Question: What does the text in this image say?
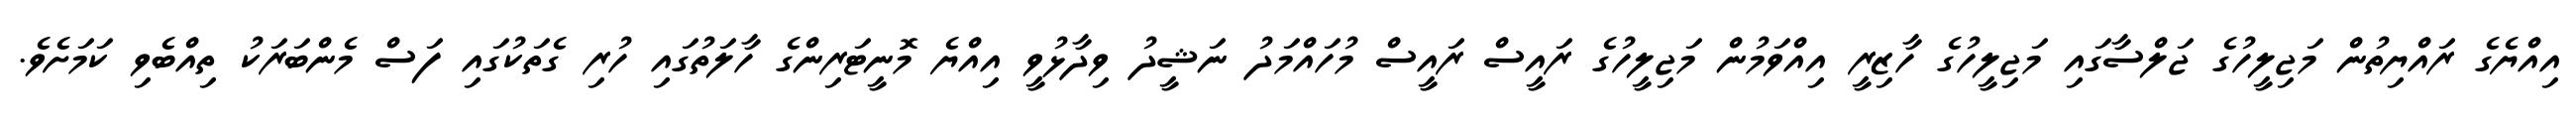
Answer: އިއްޔެގެ ރައްޔިތުން މަޖިލީހުގެ ޖަލްސާގައި މަޖިލީހުގެ ހާޒިރީ އިއްވަމުން މަޖިލީހުގެ ރައީސް ރައީސް މުހައްމަދު ނަޝީދު ވިދާޅުވީ އިއްޔެ މޮނީޓަރިންގެ ހާލަތުގައި ހުރި ގެތަކުގައި ފަސް މެންބަރަކު ތިއްބެވި ކަމަށެވެ.